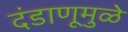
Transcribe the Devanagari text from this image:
दंडाणूमुळे